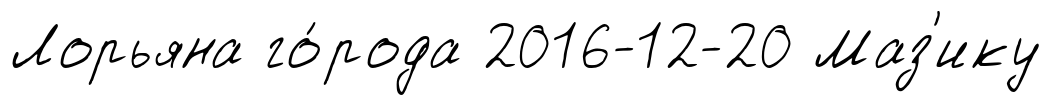
Лорьяна го́рода 2016-12-20 Маз'ику